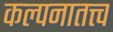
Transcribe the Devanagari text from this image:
कल्पनातत्त्व